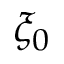
\xi _ { 0 }